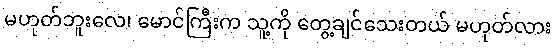
မဟုတ်ဘူးလေ၊ မောင်ကြီးက သူ့ကို တွေ့ချင်သေးတယ် မဟုတ်လား